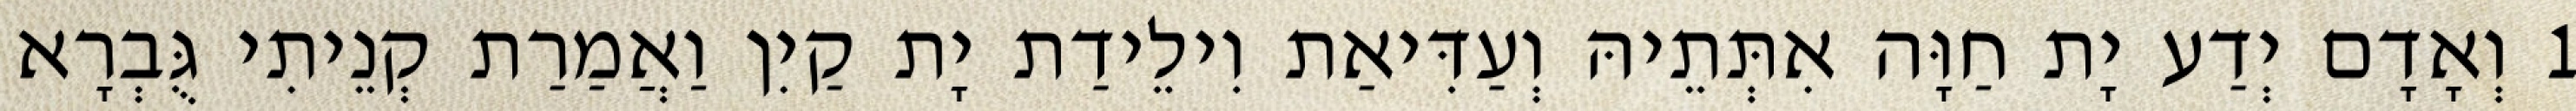
1 וְאָדָם יְדַע יָת חַוָּה אִתְּתֵיהּ וְעַדִּיאַת וִילֵידַת יָת קַיִן וַאֲמַרַת קְנֵיתִי גֻּבְרָא